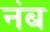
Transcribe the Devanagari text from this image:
नंब